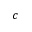
c